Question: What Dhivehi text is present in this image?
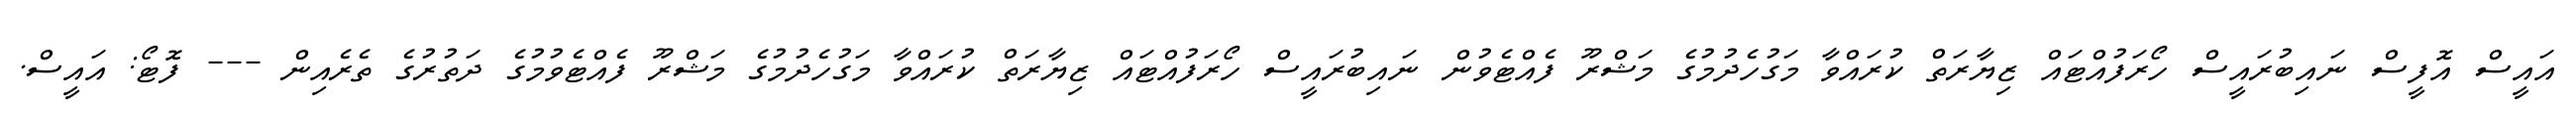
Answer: އައީސް އޮފީސް ނައިބުރައީސް ހޯރަފުއްޓައް ޒިޔާރަތް ކުރައްވާ މަގުހެދުމުގެ މަޝްރޫ ފެއްޓެވުން ނައިބުރައީސް ހޯރަފުއްޓައް ޒިޔާރަތް ކުރައްވާ މަގުހެދުމުގެ މަޝްރޫ ފެއްޓެވުމުގެ ދަތުރުގެ ތެރެއިން --- ފޮޓޯ: އައީސް.